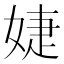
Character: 婕